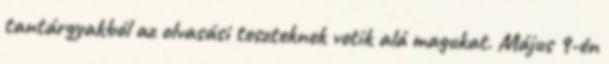
tantárgyakból az olvasási teszteknek vetik alá magukat. Május 9-én